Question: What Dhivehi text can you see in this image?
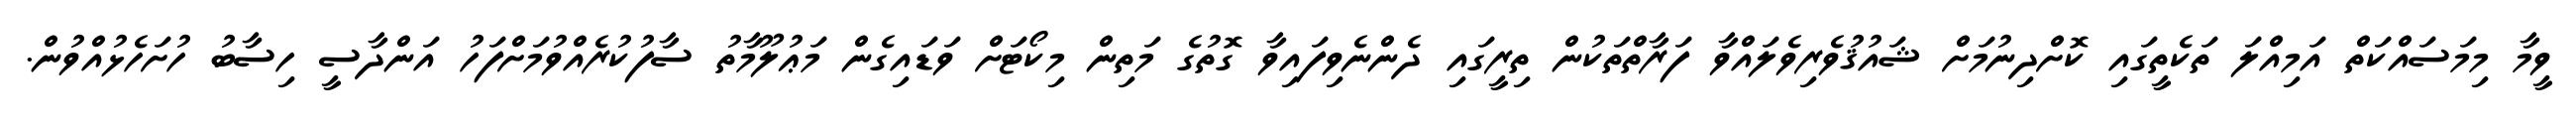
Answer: ވީމާ މިމަސައްކަތް އަމިއްލަ ތަކެތީގައި ކޮށްދިނުމަށް ޝައުޤުވެރިވެލައްވާ ފަރާތްތަކުން ތިރީގައި ދެންނެވިފައިވާ ގޮތުގެ މަތިން މިކޯޓަށް ވަޑައިގެން މަޢުލޫމާތު ސާފުކުރެއްވުމަށްފަހު އަންދާސީ ހިސާބު ހުށަހެޅުއްވުން.